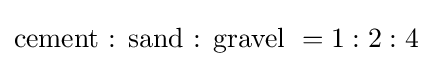
{\text{cement : sand : gravel }}=1:2:4